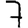
Digit: 7